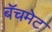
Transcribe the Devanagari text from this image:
बॅचमेट